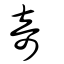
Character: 奇